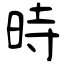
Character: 時